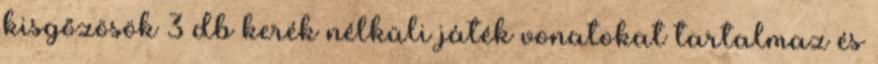
kisgőzösök 3 db kerék nélküli játék vonatokat tartalmaz és